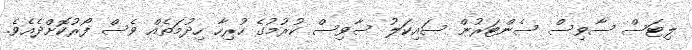
ލިޓަސް ސާވިސް ސެންޓަރުން ސައިކަލު ސާވިސް ކުރުމުގެ ހުރިހާ ހިދުމަތެއް ވެސް ފޯރުކޮށްދެއެވެ.